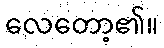
လေတော့၏။